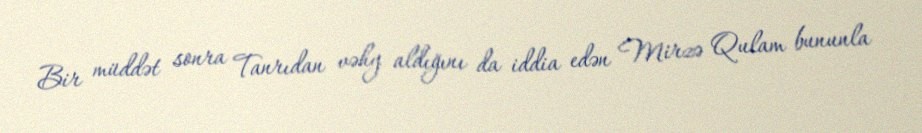
Bir müddət sonra Tanrıdan vəhy aldığını da iddia edən Mirzə Qulam bununla